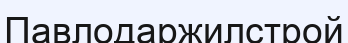
Павлодаржилстрой